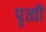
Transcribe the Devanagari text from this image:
पृत्वी